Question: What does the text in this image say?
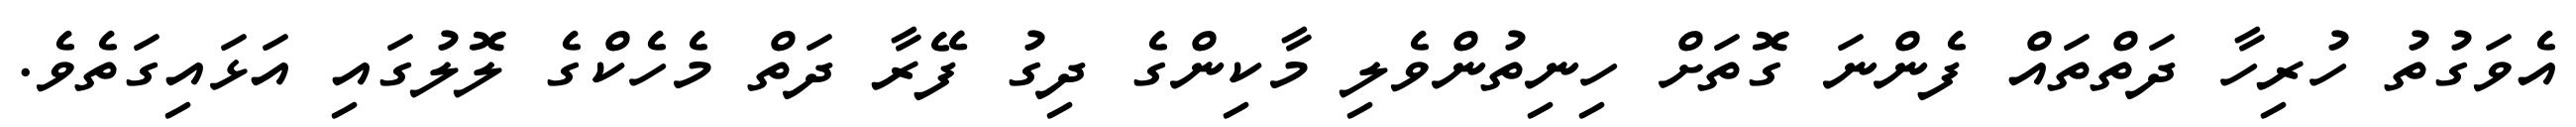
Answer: އެވަގުތު ހުރިހާ ދަތްތައް ފެންނަ ގޮތަށް ހިނިތުންވެލި މާކިންގެ ދިގު ފޭރާ ދަތް މެހެކްގެ ލޮލުގައި އަޅައިގަތެވެ.